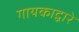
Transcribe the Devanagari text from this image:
गायकाद्वारे